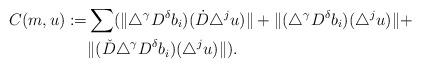
LaTeX: \begin{align*}C(m,u):=&\sum(\|\triangle^{\gamma}D^{\delta}b_i)(\dot{D}\triangle^ju)\|+\|(\triangle^{\gamma}D^{\delta}b_i)(\triangle^ju)\|+ \\&\|(\check{D}\triangle^{\gamma}D^{\delta}b_i)(\triangle^ju)\|).\end{align*}